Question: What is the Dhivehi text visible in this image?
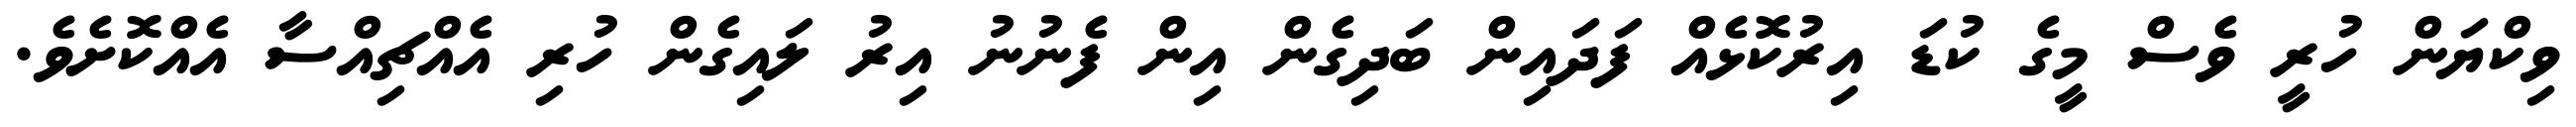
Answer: ވިކްޔަން ހުރީ ވެސް މީގެ ކުޑަ އިރުކޮޅެއް ފަދައިން ބަދިގެން އިން ފެނުނު އިރު ލައިގެން ހުރި އެއްޗިއްސާ އެއްކޮށެވެ.